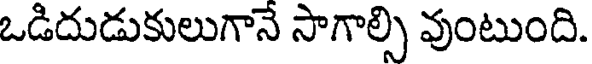
ఒడిదుడుకులుగానే సాగాల్సి వుంటుంది.